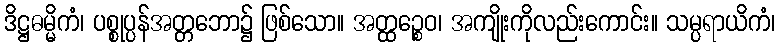
ဒိဋ္ဌဓမ္မိကံ၊ ပစ္စုပ္ပန်အတ္တဘော၌ ဖြစ်သော။ အတ္ထဉ္စေဝ၊ အကျိုးကိုလည်းကောင်း။ သမ္ပရာယိကံ၊